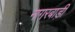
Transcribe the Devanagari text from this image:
नागरबाड़ी